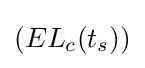
(EL_{c}(t_{s}))